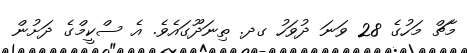
މާޗް މަހުގެ 28 ވަނަ ދުވަހު ގދ. ތިނަދޫގައެވެ. އެ ސްކީމްގެ ދަށުން